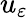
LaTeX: u_{\varepsilon}